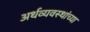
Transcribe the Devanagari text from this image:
अर्थव्यवस्थांच्या